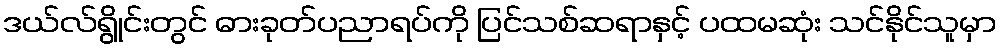
ဒယ်လ်ရွိုင်းတွင် ဓားခုတ်ပညာရပ်ကို ပြင်သစ်ဆရာနှင့် ပထမဆုံး သင်နိုင်သူမှာ